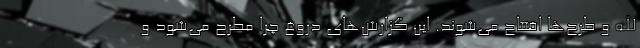
الله و طرح‌ها افتتاح می‌شوند. این گزارش‌های دروغ چرا مطرح می‌شود و